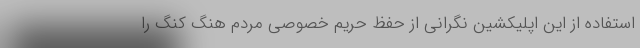
استفاده از این اپلیکشین نگرانی از حفظ حریم خصوصی مردم هنگ کنگ را